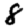
Digit: 8